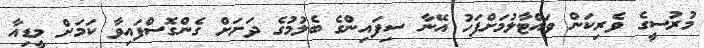
މުރުސީގެ ވެރިކަން ވައްޓާލުމަށްފަހު އޭނާ ސިފައިންގެ ބެލުމުގެ ދަށަށް ގެންގޮސްފައިވާ ކަމަށް މީޑިއާ